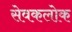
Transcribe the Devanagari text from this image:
सेवकलोक